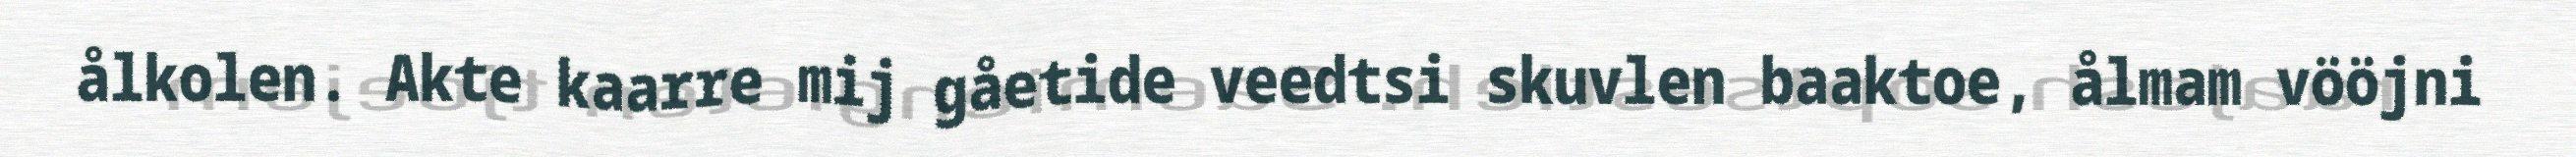
ålkolen. Akte kaarre mij gåetide veedtsi skuvlen baaktoe, ålmam vööjni